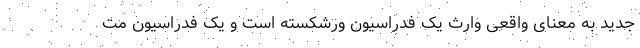
جدید به معنای واقعی وارث یک فدراسیون ورشکسته است و یک فدراسیون مت